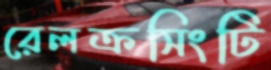
রেলক্রসিংটি